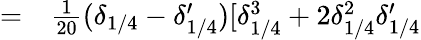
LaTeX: \begin{array}{rl}{=}&{{}\frac{1}{20}(\delta_{1/4}-\delta_{1/4}^{\prime})[\delta_{1/4}^{3}+2\delta_{1/4}^{2}\delta_{1/4}^{\prime}}\end{array}